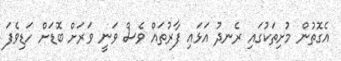
އެގޮތުން މުށިތަކުގައި ރެނދު އަޅައި ފާރުތައް ވެސް ވަނީ ވަރަށް ބޮޑަށް ހަޑިވެފަ